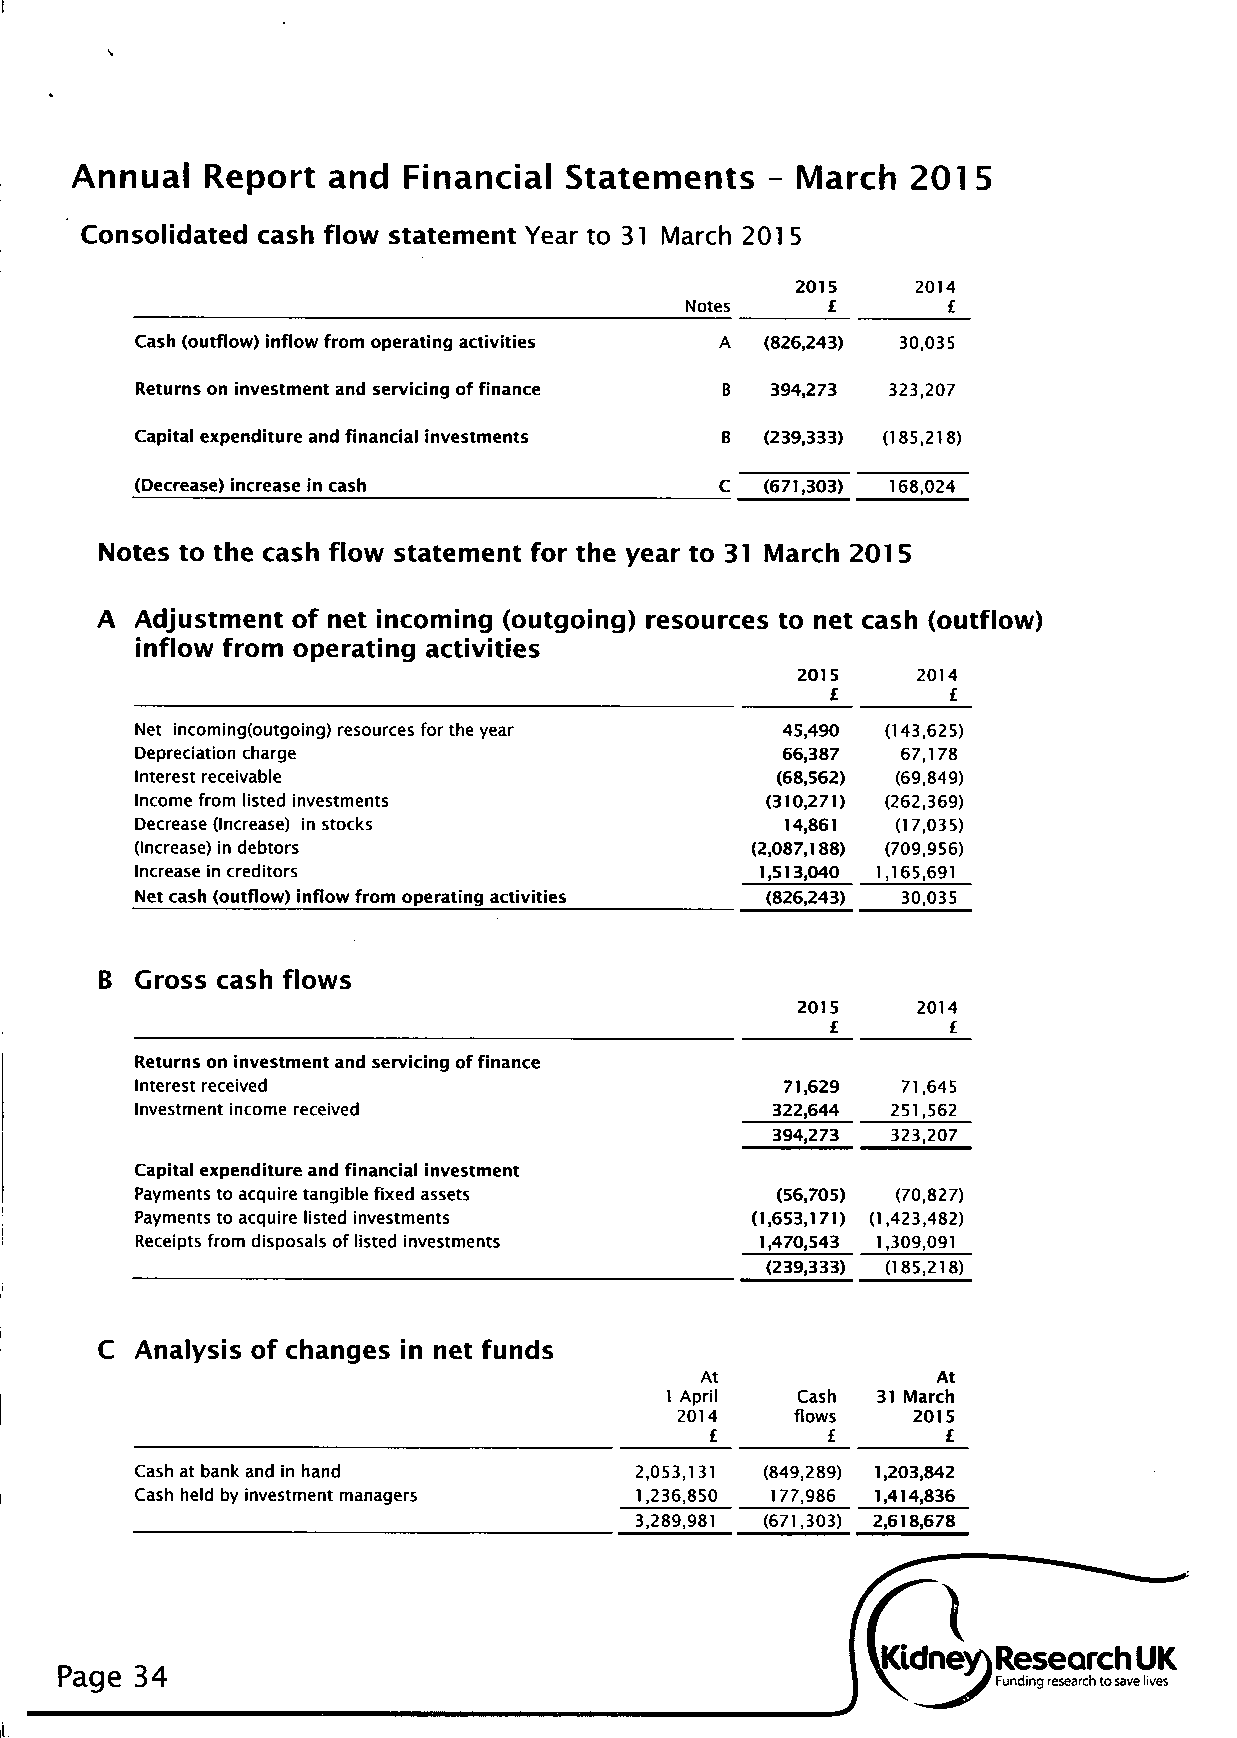
Annual  Report   and  Financial Statements    - March  2015
 Consolidated cash flow statement Year to 31 March 201 5
 2015    2014
 Notes     £       £
 Cash (outflow) inflow from operating activities A (826,243) 30,035
 Returns on investment and servicing of finance B 394,273 323,207
 Capital expenditure and financial investments B (239,333) (185,218)
 (Decrease) increase in cash            C  (671,303) 168,024
 Notes to the cash flow statement for the year to 31 March 2015
 A  Adjustment of net incoming (outgoing) resources to net cash (outflow)
 inflow from operating activities
 2015    2014
 £       £
 Net incoming(outgoing) resources for the year 45,490 (143,625)
 Depreciation charge                        66,387  67,178
 Interest receivable                       (68,562) (69,849)
 Income from listed investments            (310,271) (262,369)
 Decrease (Increase) in stocks              14,861 (17,035)
 (Increase) in debtors                    (2,087,188) (709,956)
 Increase in creditors                    1,513,040 1,165,691
 Net cash (outflow) inflow from operating activities (826,243) 30,035
 Gross cash flows
 2015    2014
 £       £
 Returns on investment and servicing of finance
 Interest received                          71,629  71,645
 Investment income received                322,644 251,562
 394,273 323,207
 Capital expenditure and financial investment
 Payments to acquire tangible fixed assets (56,705) (70,827)
 Payments to acquire listed investments   (1,653,171) (1,423,482)
 Receipts from disposals of listed investments 1,470,543 1,309,091
 (239,333) (185,218)
 C  Analysis of changes in net funds
 At              At
 1 April  Cash 31 March
 2014    flows  2015
 £       £       £_
 Cash at bank and in hand         2,053,131 (849,289) 1,203,842
 Cash held by investment managers 1,236,850 177,986 1,414,836
 3,289,981 (671,303) 2,618,678
 Research UK
 Page 34
 Funding research to save lives